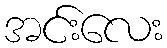
အင်းလေး